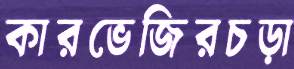
কারভেজিরচড়া